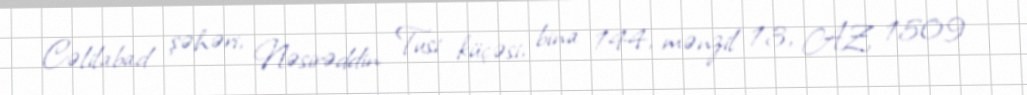
Cəlilabad şəhəri, Nəsirəddin Tusi küçəsi, bina 144, mənzil 13, AZ 1509